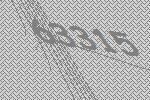
63315